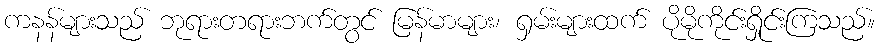
ကနန်များသည် ဘုရားတရားဘက်တွင် မြန်မာများ၊ ရှမ်းများထက် ပိုမိုကိုင်းရှိုင်းကြသည်။